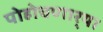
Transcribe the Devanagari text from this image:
पोहोचणार्‍या